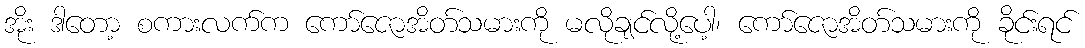
အိုး ဒါတော့ စကားလက်က ကော်ဇောအိတ်သမားကို မလိုချင်လို့ပေါ့၊ ကော်ဇောအိတ်သမားကို ခိုင်းရင်